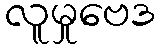
လူမှုဗေဒ